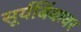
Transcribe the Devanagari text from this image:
सूर्यबिंबावर